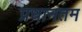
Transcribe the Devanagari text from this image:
प्रधानतम